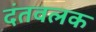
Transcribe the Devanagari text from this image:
दंतवलक